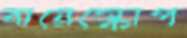
বায়েস্কোপ